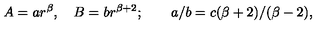
A = a r ^ { \beta } , \quad B = b r ^ { \beta + 2 } ; \qquad a / b = c ( \beta + 2 ) / ( \beta - 2 ) ,